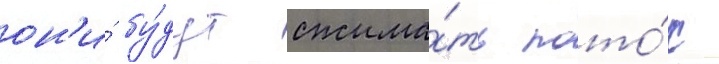
он'и́ бу́дут сжима́ть пото́к